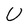
Character: U